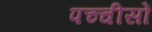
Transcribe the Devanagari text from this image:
पच्चीसों